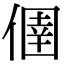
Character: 㒁